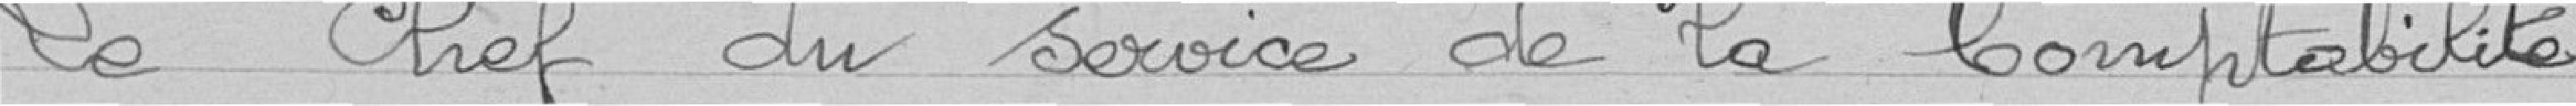
Le chef du service de la comptabilité